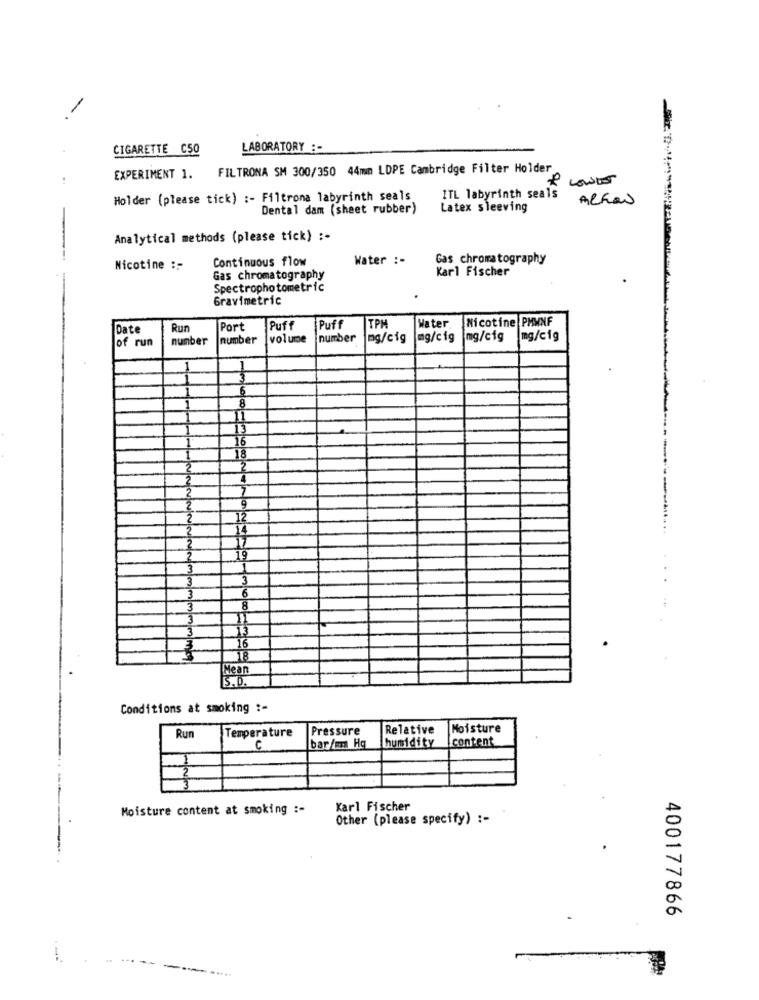
CIGARETTE C50
LABORATORY :-
EXPERIMENT 1. FILTRONA SM 300/350 44mm LDPE Cambridge Filter Holder
Holder (please tick) :- Filtrona labyrinth seals
1TL labyrinth seals
ALFON
Dental dam (sheet rubber)
Latex sleeving
-
Analytical methods (please tick) :-
Continuous flow
Water :-
Gas chromatography
Nicotine :-
Karl Fischer
Gas chromatography
Spectrophotometric
Gravimetric
Nicotine PMWNF
Date
Run
Port
Puff
Puff
TPM
Water
of run
number
number
volume
number
mg/cig
mg/cig
mg/cig
mg/cig
3
6
8
16
18
2
9
12
17
19
1
3
6
8
13
16
18
Mean
S.D.
Conditions at smoking :-
Temperature
Pressure
Relative
Moisture
Run
humidity
content
bar/mm Hg
Moisture content at smoking :-
Karl Fischer
Other (please specify) :-
400177866